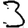
Digit: 3